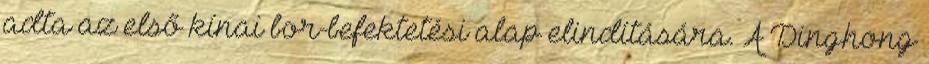
adta az első kínai bor-befektetési alap elindítására. A Dinghong